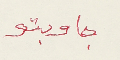
جاوبتو